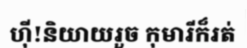
ហ៊ី!និយាយរួច កុមារីក៏រត់